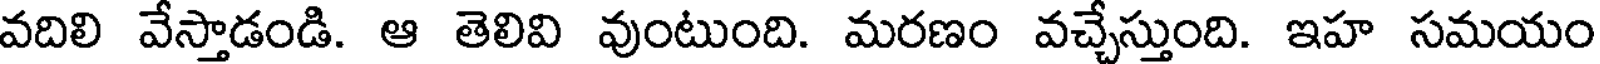
వదిలి వేస్తాడండి. ఆ తెలివి వుంటుంది. మరణం వచ్చేస్తుంది. ఇహ సమయం